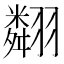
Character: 翷